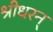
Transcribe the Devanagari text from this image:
श्रीधरन्